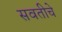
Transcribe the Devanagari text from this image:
सवतीचे